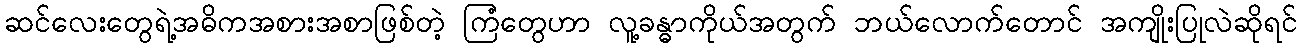
ဆင်လေးတွေရဲ့အဓိကအစားအစာဖြစ်တဲ့ ကြံတွေဟာ လူ့ခန္ဓာကိုယ်အတွက် ဘယ်လောက်တောင် အကျိုးပြုလဲဆိုရင်